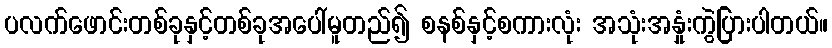
ပလက်ဖောင်းတစ်ခုနှင့်တစ်ခုအပေါ်မူတည်၍ စနစ်နှင့်စကားလုံး အသုံးအနှုံးကွဲပြားပါတယ်။